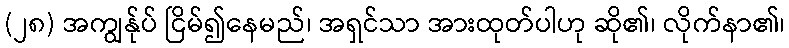
(၂၈) အကျွန်ုပ် ငြိမ်၍နေမည်၊ အရှင်သာ အားထုတ်ပါဟု ဆို၏၊ လိုက်နာ၏၊